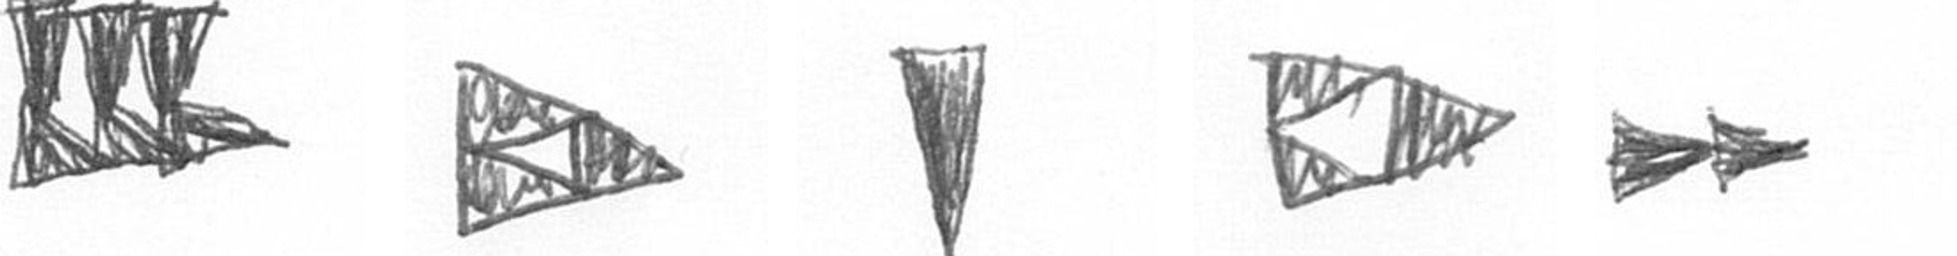
D K J K A